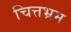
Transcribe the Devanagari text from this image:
चित्तभ्रम